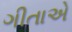
ગીતાએ